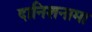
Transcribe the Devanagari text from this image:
दानिशनामा